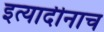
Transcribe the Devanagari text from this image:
इत्यादीनाच